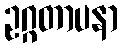
ဥဂ္ဂတာပနာ